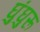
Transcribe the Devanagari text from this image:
घुंघुरू